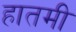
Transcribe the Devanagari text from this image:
हातमी